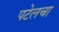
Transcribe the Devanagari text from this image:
पटेलचा